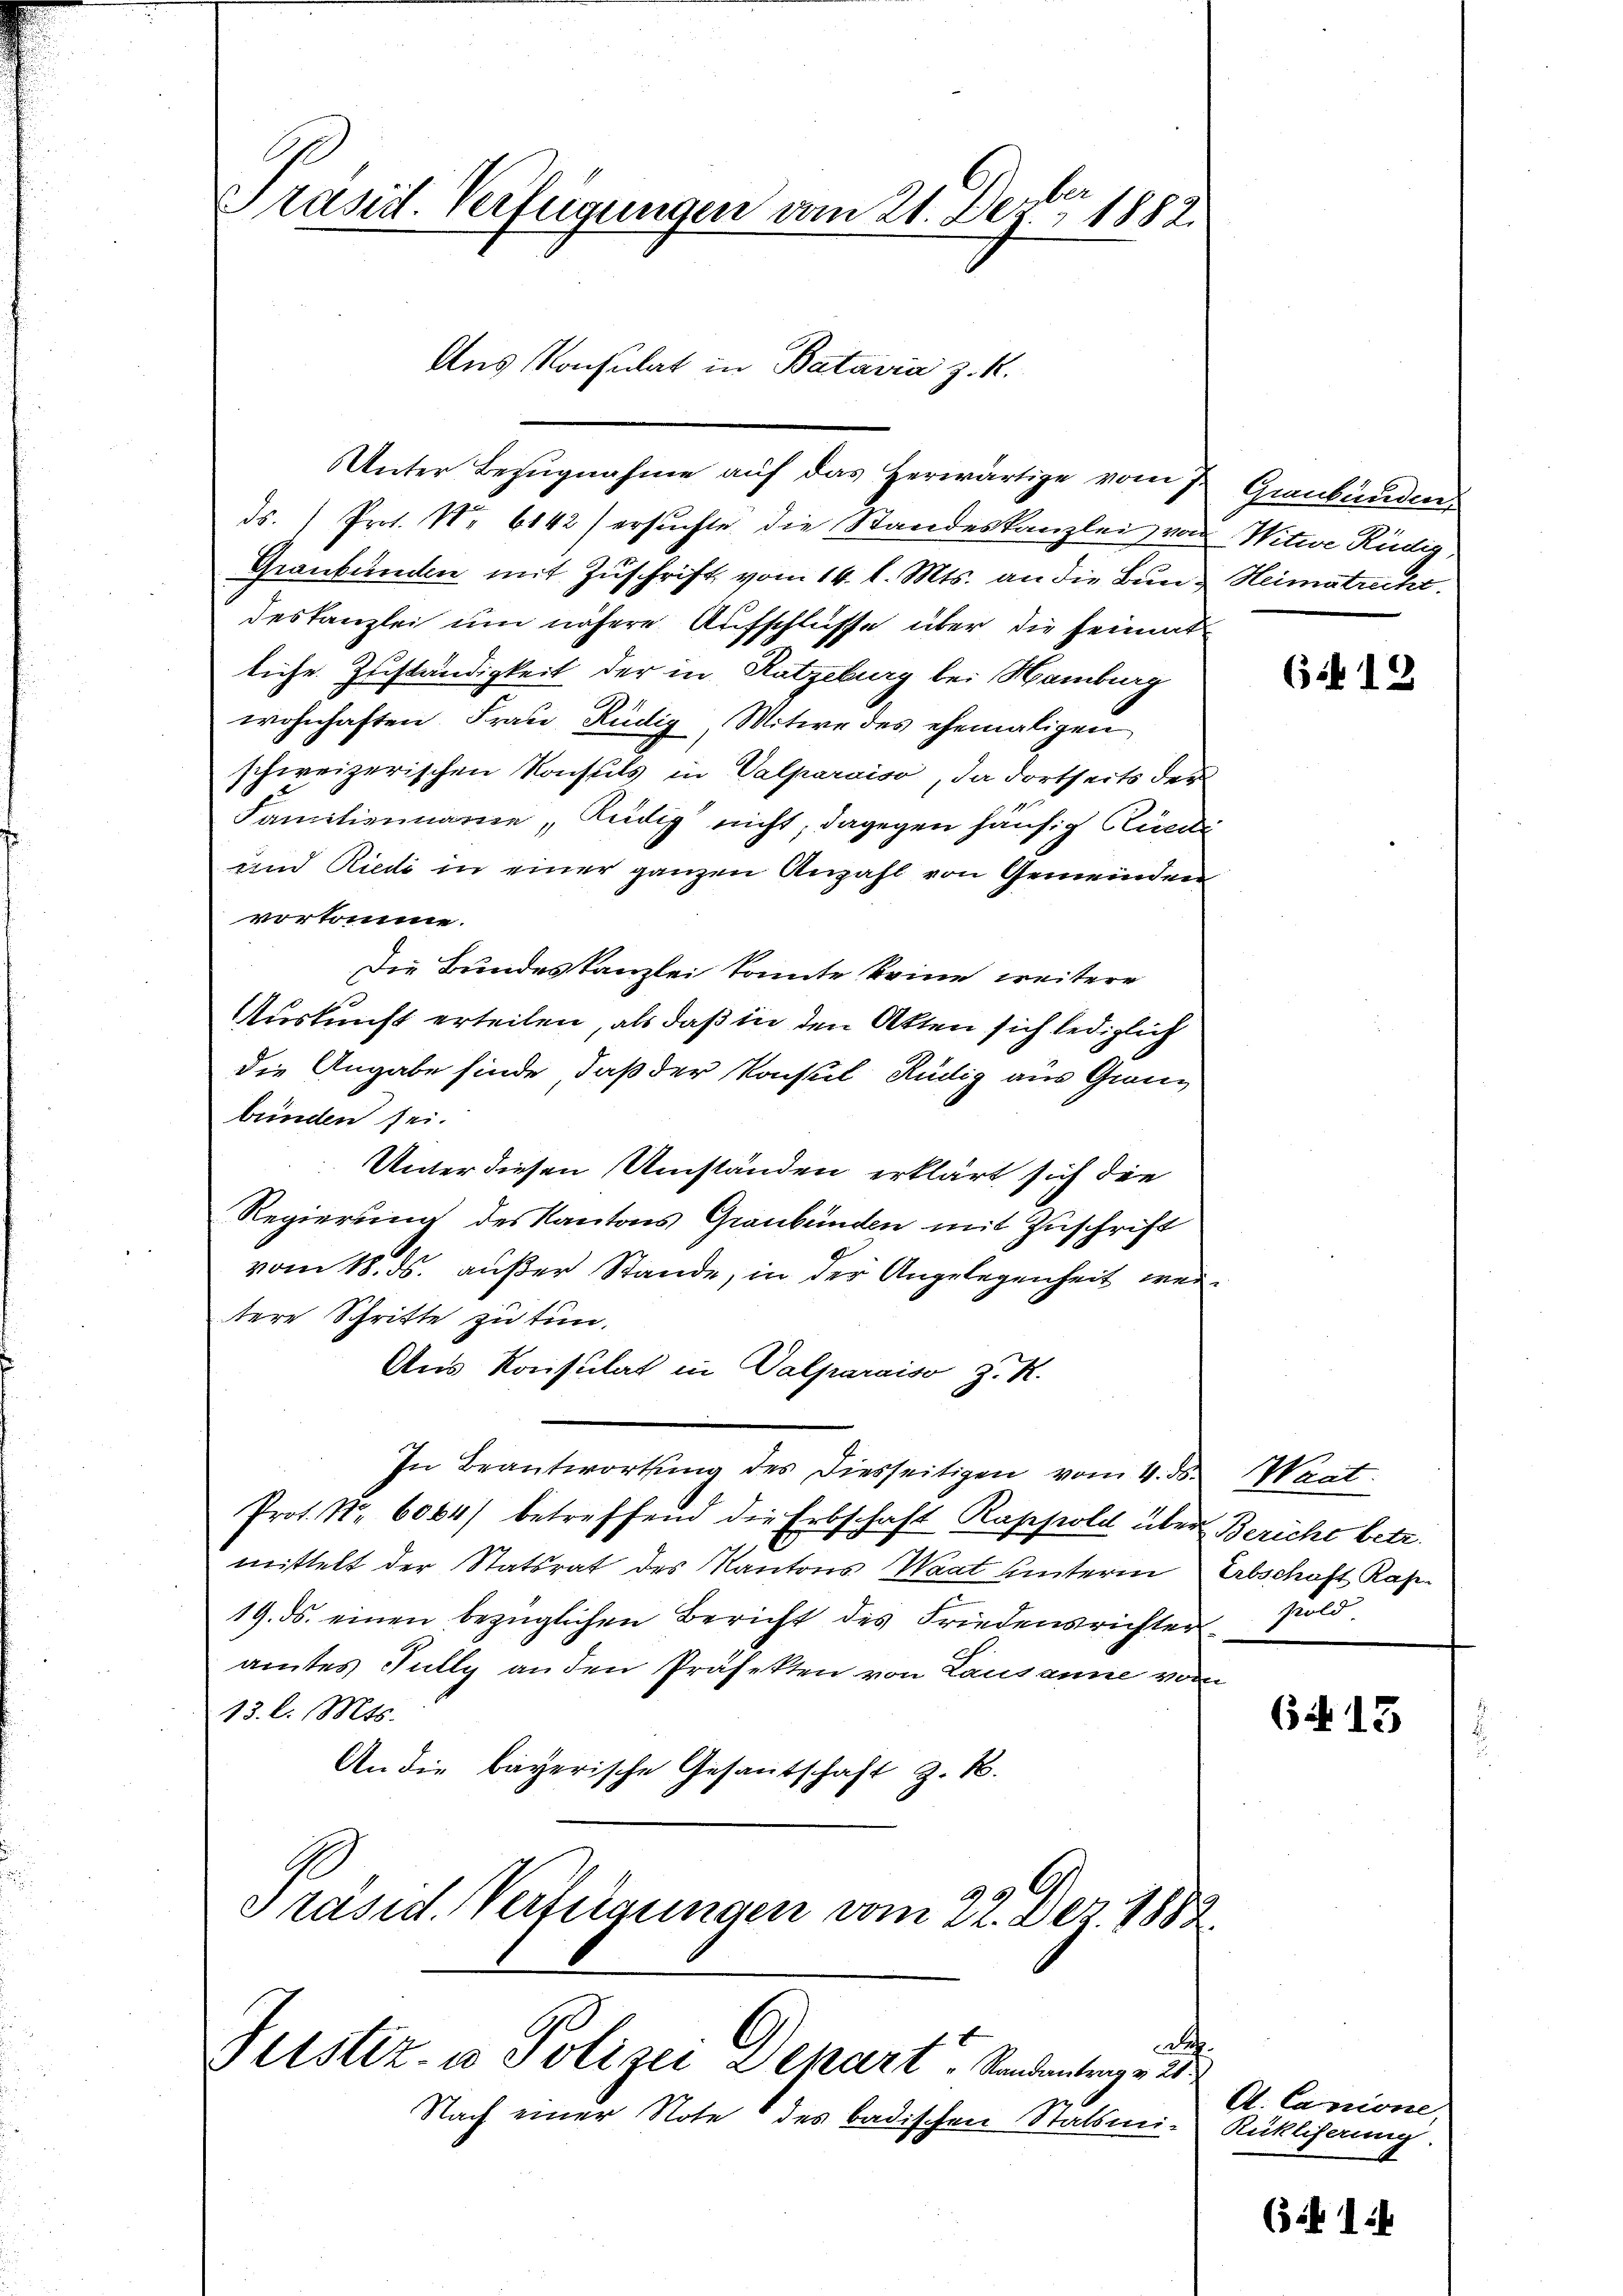
Prasirt. Verfügungen vom 21. Der 1882.

Aus Konsulat in Batavia z. R.

Unter Bezugnahme auf das herwärtige vom 1. Graubünden
ds. Prot. Nr. 6142) ersŭchte die Standeskanzlei von Witwe Kündig,
Graubünden mit Zuschrift vom 14. l. Mts. an die Bund Heimatrecht.
deskanzlei um nähere Aufschlusse über die Heimatliche Zuständigkeit der in Ratzeburg bei Hamburg
wohnhaften Frau Rüdig, Mitwe des ehemaligen
schweizerischen Konsuls in Valparaiso, da dortseits der
Familiennamen, Kündig nicht, dagegen häufig Bünde
und Riedi in einer ganzen Anzahl von Gemeinden
vorkomme.
Die Bundeskanzlei konnte keine weitere
Auskunft erteilen, als daß in den Akten sich lediglich
die Angabe finde, daß der Konsul Rückig aus Granz
bünden sei.
Unter diesen Umständen erklärt sich die
Regierung des Kantons Graubünden mit Zuschrift
vom 18. ds. außer Stande, in der Angelegenheit weitere Schritte zu tun.
Aus Konsulat in Valparaiso z. R.
In Beantwortung des diesseitigen vom 4. ds. Waat:
Prot. Nr. 6064) betreffend die Erbschaft Rappold über Bericht betr.
mittelt der Statsrat des Kantons Waat unterm Erbschaft Kap
19. ds. einen bezüglichen Bericht des Friedensrichteramtes Jully an den Präfekten von Lausanne vom
13. l. Mts.
An die bayerische Gesantschaft z. B.
Präsid. Verfügungen vom 22. Dez. 1882

Justiz- u Polizei & Chart. Standentrag v. 26.

Nach einer Note des badischen Statsmit Rüklihaung.

6412.

sold

64. 13

A
A. Lanione,

(i 14